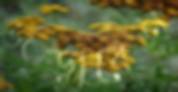
জড়াবেন